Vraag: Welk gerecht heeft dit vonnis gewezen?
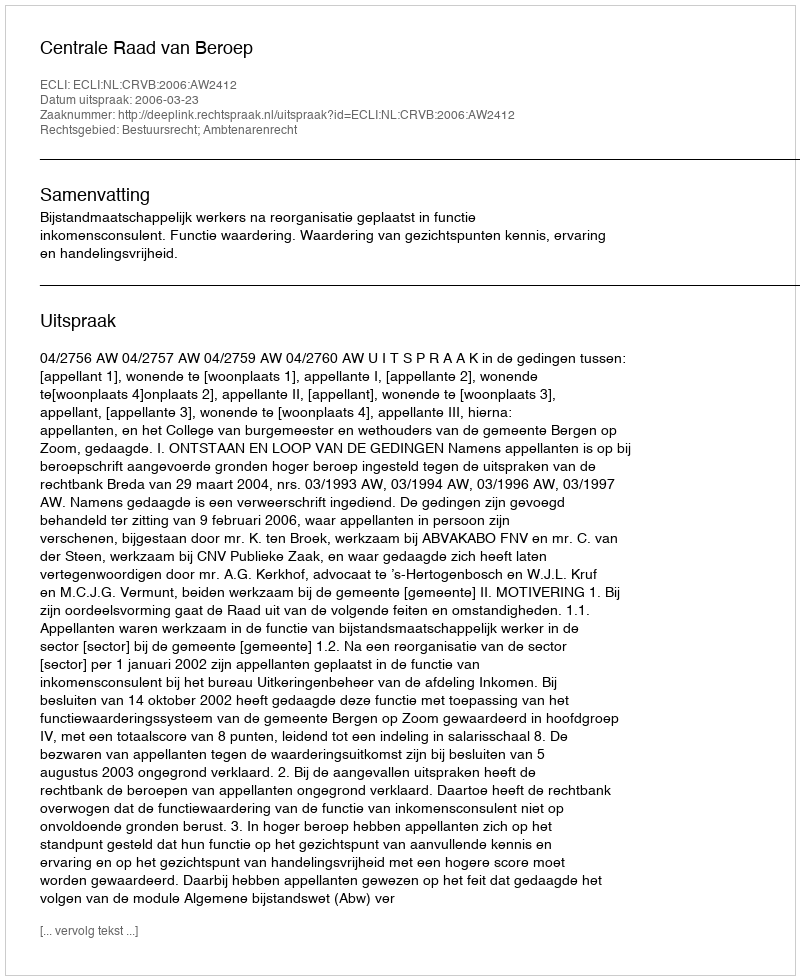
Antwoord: Centrale Raad van Beroep